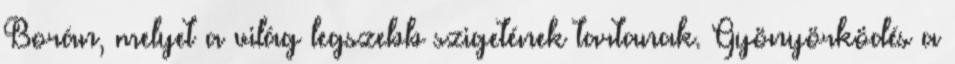
Borán, melyet a világ legszebb szigetének tartanak. Gyönyörködés a